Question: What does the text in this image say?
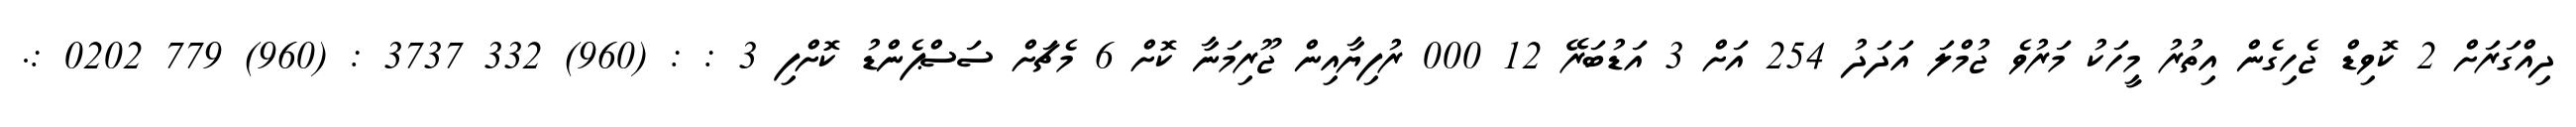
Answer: ދިއްގަރަށް 2 ކޮވިޑް ޖެހިގެން އިތުރު މީހަކު މަރުވެ ޖުމްލަ އަދަދު 254 އަށް 3 އަޑުބަރޭ 12 000 ރުފިޔާއިން ޖޫރިމަނާ ކޮށް 6 މެޗަށް ސަސްޕެންޑު ކޮށްފި 3 : : (960) 332 3737 : (960) 779 0202 :.